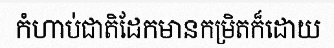
កំហាប់ជាតិដែកមានកម្រិតក៏ដោយ